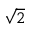
\sqrt { 2 }